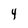
Character: 4